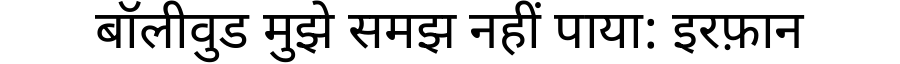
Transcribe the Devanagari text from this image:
बॉलीवुड मुझे समझ नहीं पाया: इरफ़ान